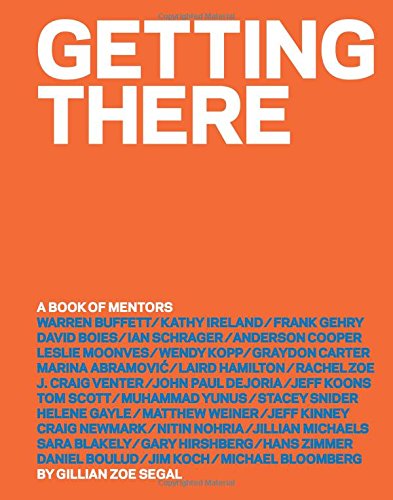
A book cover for Getting There: A Book of Mentors; Gillian Zoe Segal; Business & Money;